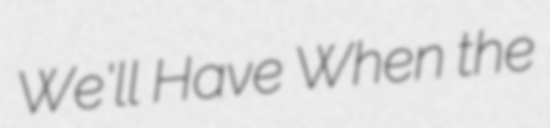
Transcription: We'll Have When the